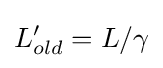
L'_{old}=L/\gamma